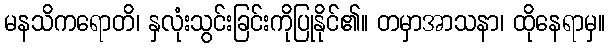
မနသိကရောတိ၊ နှလုံးသွင်းခြင်းကိုပြုနိုင်၏။ တမှာအာသနာ၊ ထိုနေရာမှ။